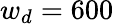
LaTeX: w_{d}=600